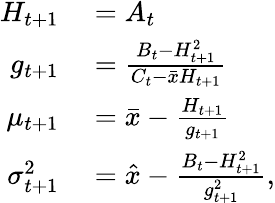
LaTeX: \begin{array}{rl}{H_{t+1}}&{{}=A_{t}}\\ {g_{t+1}}&{{}=\frac{B_{t}-H_{t+1}^{2}}{C_{t}-\bar{x}H_{t+1}}}\\ {\mu_{t+1}}&{{}=\bar{x}-\frac{H_{t+1}}{g_{t+1}}}\\ {\sigma_{t+1}^{2}}&{{}=\hat{x}-\frac{B_{t}-H_{t+1}^{2}}{g_{t+1}^{2}},}\end{array}